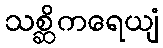
သစ္ဆိကရေယျံ